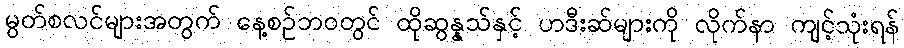
မွတ်စလင်များအတွက် နေ့စဉ်ဘဝတွင် ထိုဆွန္နသ်နှင့် ဟဒီးဆ်များကို လိုက်နာ ကျင့်သုံးရန်